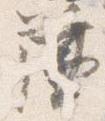
簾